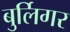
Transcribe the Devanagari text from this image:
बुर्लिगर